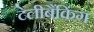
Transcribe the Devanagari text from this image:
टेलीबैंकिंग